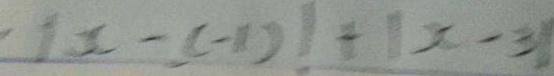
\vert x - ( - 1 ) \vert + \vert x - 3 \vert